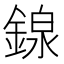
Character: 䤼